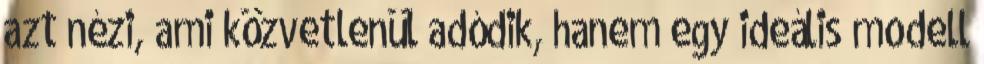
azt nézi, ami közvetlenül adódik, hanem egy ideális modell